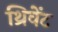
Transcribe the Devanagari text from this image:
थ्रिवेंट